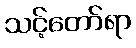
သင့်တော်ရာ